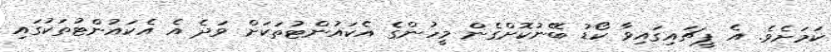
ކަމަށެވެ. އެ ޕީޗައިގައިވާ ކޯޑު ބޭނުކޮށްގެން މީހުންގެ އެކައުންޓުތަކަށް ވަދެ އެ އެކައުންޓުތަކުގައި